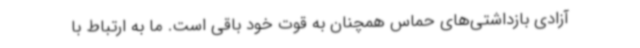
آزادی بازداشتی‌های حماس همچنان به قوت خود باقی است. ما به ارتباط با